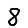
Digit: 8